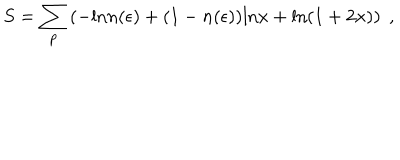
S = \sum _ { \bf p } \left( - \mathrm { l n } n ( \epsilon ) + ( 1 - n ( \epsilon ) ) \mathrm { l n } x + \mathrm { l n } ( 1 + 2 x ) \right) \; ,